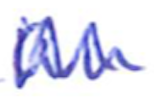
Text: an
Cross-out: mix
Writing tool: ballpoint